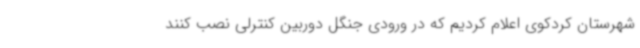
شهرستان کردکوی اعلام کردیم که در ورودی جنگل دوربین کنترلی نصب کنند